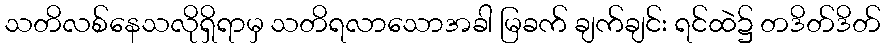
သတိလစ်နေသလိုရှိရာမှ သတိရလာသောအခါ မြခက် ချက်ချင်း ရင်ထဲ၌ တဒိတ်ဒိတ်